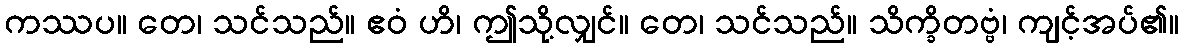
ကဿပ။ တေ၊ သင်သည်။ ဧဝံ ဟိ၊ ဤသို့လျှင်။ တေ၊ သင်သည်။ သိက္ခိတဗ္ဗံ၊ ကျင့်အပ်၏။